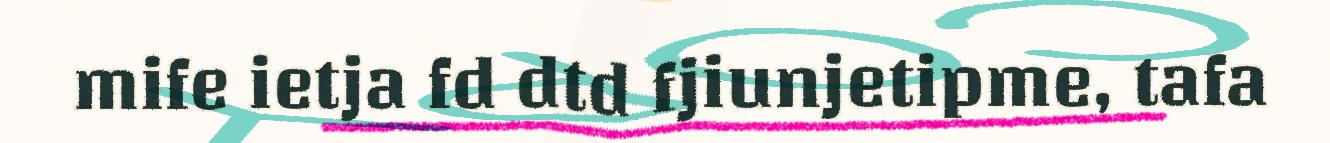
mife ietja fd dtd fjiunjetipme, tafa